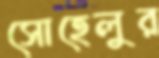
সোহেলুর